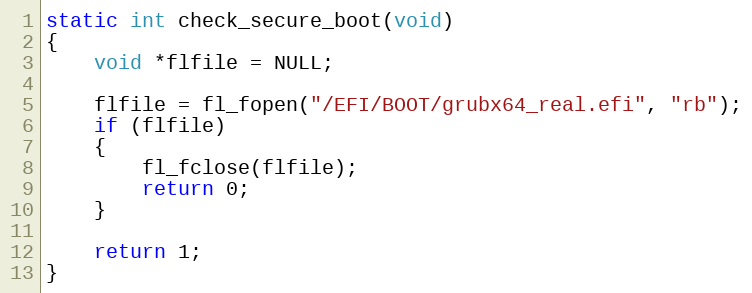
Language: C
static int check_secure_boot(void)
{
    void *flfile = NULL;

    flfile = fl_fopen("/EFI/BOOT/grubx64_real.efi", "rb");
    if (flfile)
    {
        fl_fclose(flfile);
        return 0;
    }

    return 1;
}